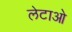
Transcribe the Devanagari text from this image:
लेटाओ